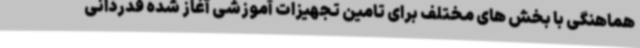
هماهنگی با بخش های مختلف برای تامین تجهیزات آموزشی آغاز شده قدردانی